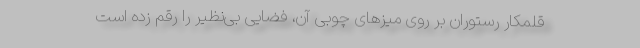
قلمکار رستوران بر روی میزهای چوبی آن، فضایی بی‌نظیر را رقم زده است